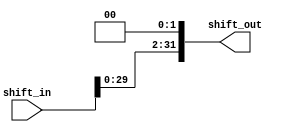
module Shift_Left_Twice 
#(parameter Data_Width=32)
(
    output  wire    [Data_Width-1:0]    shift_out,
    input   wire    [Data_Width-1:0]    shift_in
);

assign shift_out={{shift_in[Data_Width-2:0]},{2{1'b0}}};
endmodule